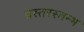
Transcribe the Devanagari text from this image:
प्रस्तरस्तम्भ